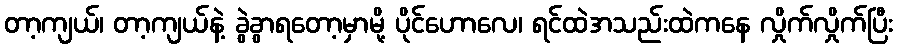
တာ့ကျယ်၊ တာ့ကျယ်နဲ့ ခွဲခွာရတော့မှာမို့ ပိုင်ဟောလေ၊ ရင်ထဲအသည်းထဲကနေ လှိုက်လှိုက်ပြီး